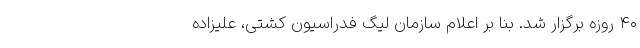
۴۰ روزه برگزار شد. بنا بر اعلام سازمان لیگ فدراسیون کشتی، علیزاده